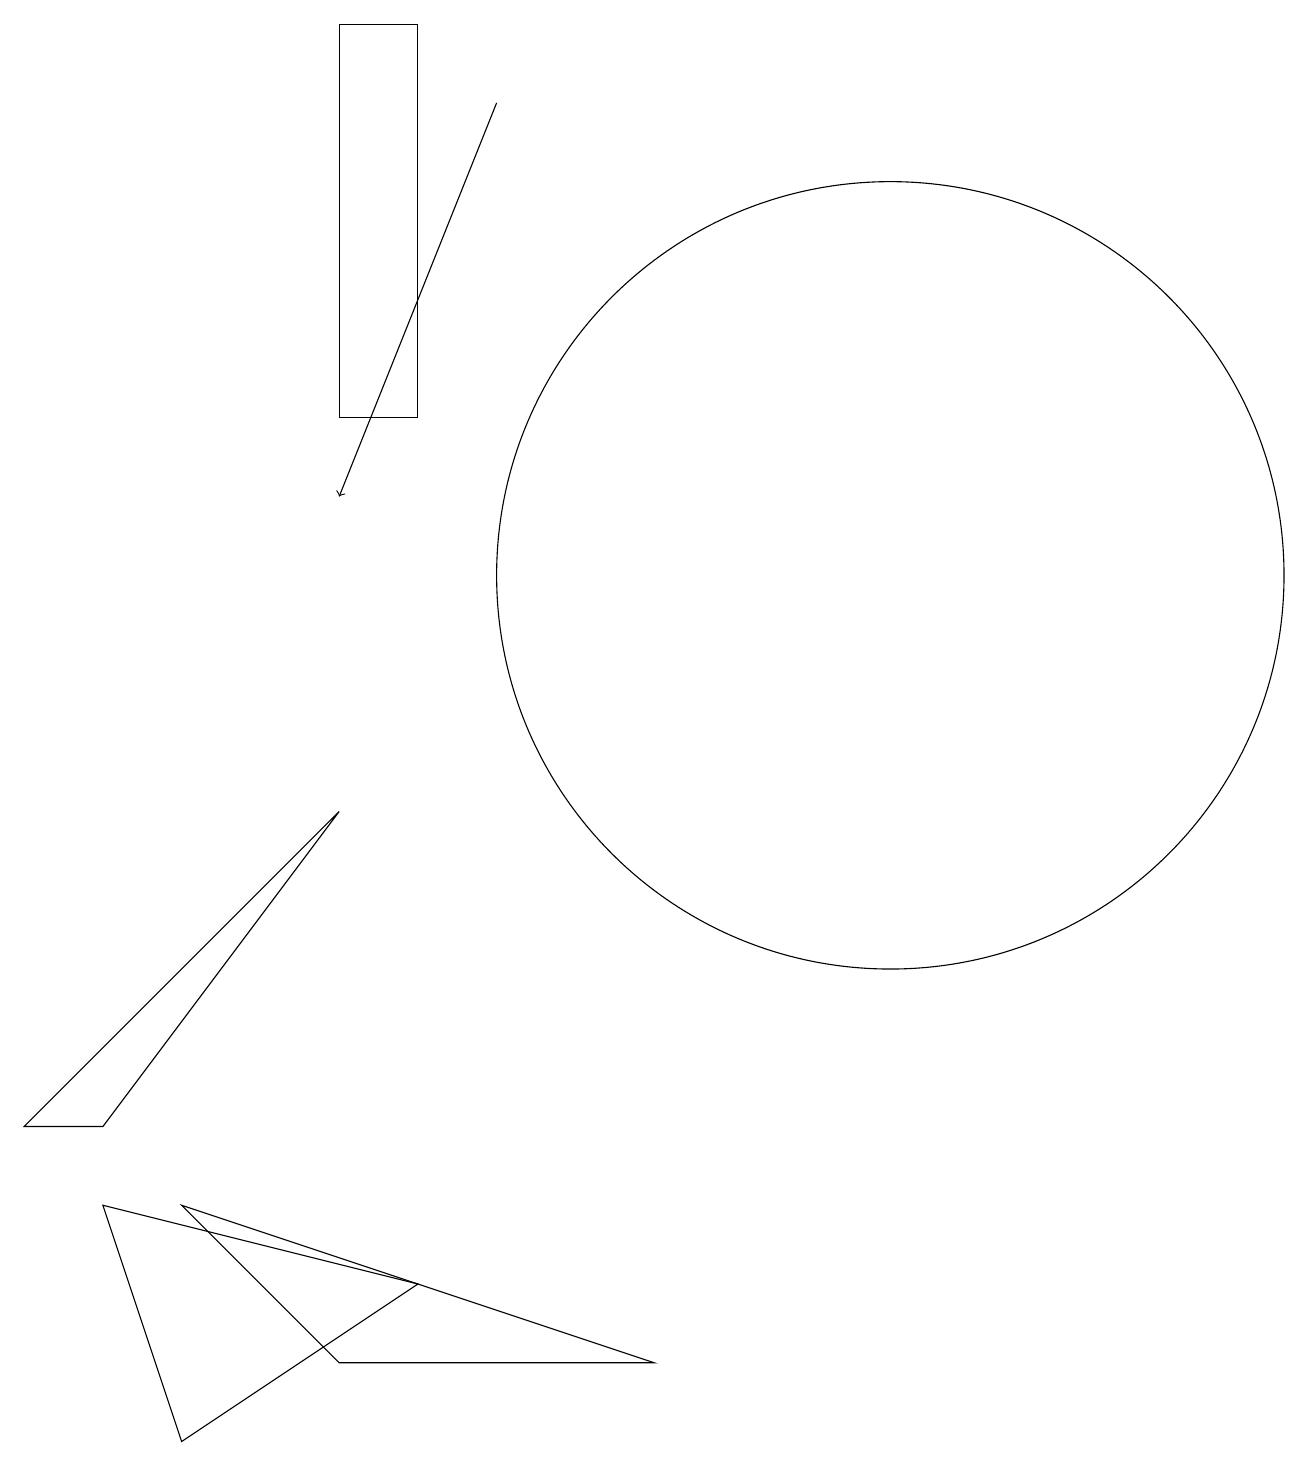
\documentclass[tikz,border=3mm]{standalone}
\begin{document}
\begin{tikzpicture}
\draw (4,9) -- (1,5) -- (0,5) -- cycle;
\draw[->] (6,18) -- (4,13);
\draw (11,12) circle (5);
\draw (10,11) circle (0);
\draw (5,14) rectangle (4,19);
\draw (2,4) -- (4,2) -- (8,2) -- cycle;
\draw (1,4) -- (2,1) -- (5,3) -- cycle;
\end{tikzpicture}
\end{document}